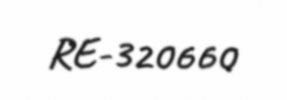
RE-320660